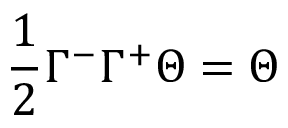
\frac { 1 } { 2 } \Gamma ^ { - } \Gamma ^ { + } \Theta = \Theta